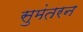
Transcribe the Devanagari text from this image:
सुमंतरन